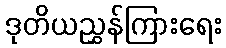
ဒုတိယညွှန်ကြားရေး